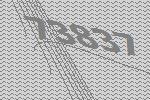
73837